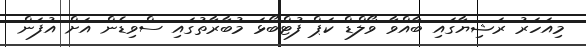
މިއަހަރު ރަޝިޔާގައި ބާއްވާ ވޯލްޑް ކަޕް ފުޓްބޯޅަ މުބާރާތުގައި ސްވިޑެން އަށް އުފަން